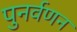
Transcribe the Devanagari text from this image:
पुनर्वणन